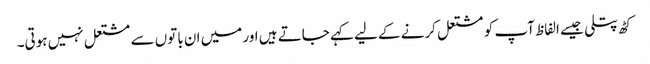
کٹھ پتلی جیسے الفاظ آپ کو مشتعل کرنے کے لیے کہے جاتے ہیں اور میں ان باتوں سے مشتعل نہیں ہوتی۔